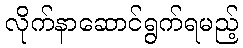
လိုက်နာဆောင်ရွက်ရမည့်